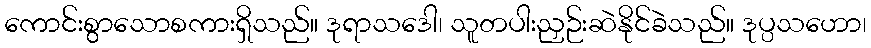
ကောင်းစွာသောစကားရှိသည်။ ဒုရာသဒေါ၊ သူတပါးညှဉ်းဆဲနိုင်ခဲသည်။ ဒုပ္ပသဟော၊